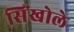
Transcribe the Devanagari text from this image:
सिंखोले